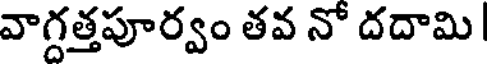
వాగ్గత్తపూర్వం తవ నో దదామి